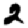
Digit: 2